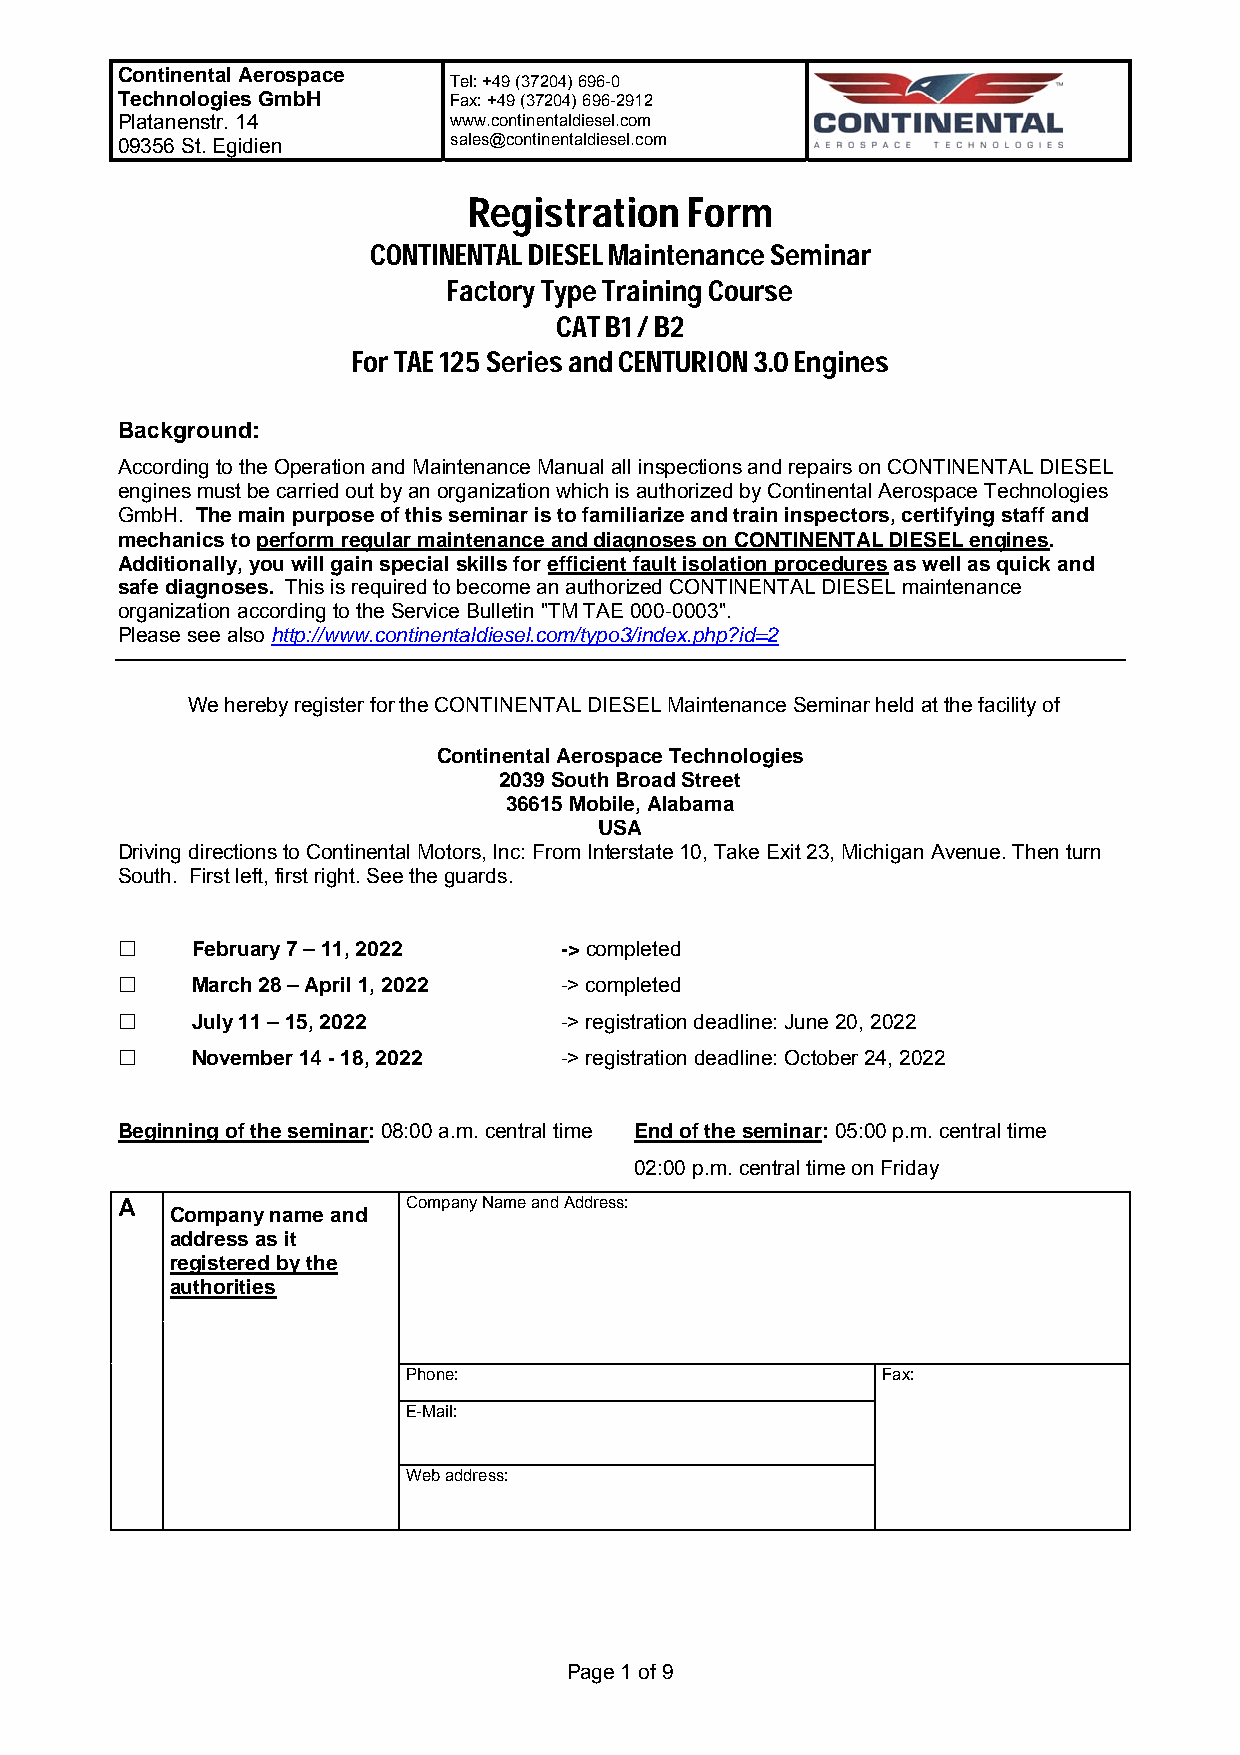
Continental Aerospace
 Tel: +49 (37204) 696-0
 Technologies GmbH     Fax: +49 (37204) 696-2912
 Platanenstr. 14       www.continentaldiesel.com
 09356 St. Egidien     sales@continentaldiesel.com
 Registration   Form
 CONTINENTAL DIESEL Maintenance Seminar
 Factory Type Training Course
 CAT B1 / B2
 For TAE 125 Series and CENTURION 3.0 Engines
 Background:
 According to the Operation and Maintenance Manual all inspections and repairs on CONTINENTAL DIESEL
 engines must be carried out by an organization which is authorized by Continental Aerospace Technologies
 GmbH. The main purpose of this seminar is to familiarize and train inspectors, certifying staff and
 mechanics to perform regular maintenance and diagnoses on CONTINENTAL DIESEL engines.
 Additionally, you will gain special skills for efficient fault isolation procedures as well as quick and
 safe diagnoses. This is required to become an authorized CONTINENTAL DIESEL maintenance
 organization according to the Service Bulletin "TM TAE 000-0003".
 Please see also http://www.continentaldiesel.com/typo3/index.php?id=2
 We hereby register for the CONTINENTAL DIESEL Maintenance Seminar held at the facility of
 Continental Aerospace Technologies
 2039 South Broad Street
 36615 Mobile, Alabama
 USA
 Driving directions to Continental Motors, Inc: From Interstate 10, Take Exit 23, Michigan Avenue. Then turn
 South. First left, first right. See the guards.
     February 7 – 11, 2022   -> completed
     March 28 – April 1, 2022 -> completed
     July 11 – 15, 2022      -> registration deadline: June 20, 2022
     November 14 - 18, 2022  -> registration deadline: October 24, 2022
 Beginning of the seminar: 08:00 a.m. central time End of the seminar: 05:00 p.m. central time
 02:00 p.m. central time on Friday
 A                  Company Name and Address:
 Company name and
 address as it
 registered by the
 authorities
 Phone:                         Fax:
 E-Mail:
 Web address:
 Page 1 of 9